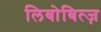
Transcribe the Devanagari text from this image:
लिबोबित्ज़